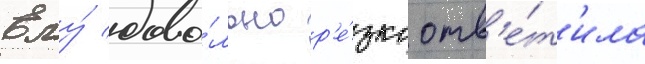
Ему́ дово́льно р'е́зко отв'е́т'ила